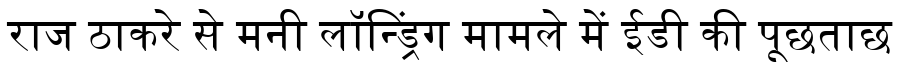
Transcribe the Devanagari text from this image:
राज ठाकरे से मनी लॉन्ड्रिंग मामले में ईडी की पूछताछ